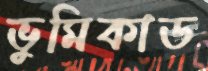
ভুমিকাড